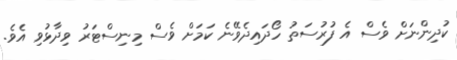
ކުދިންނަށް ވެސް އެ ފުރުސަތު ހޯދައިދެވޭނެ ކަމަށް ވެސް މިނިސްޓަރު ވިދާޅުވި އެވެ.